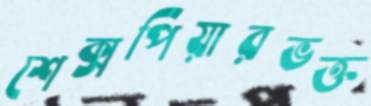
শেক্সপিয়ারভক্ত